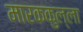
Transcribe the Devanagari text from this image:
मारककुल्ला